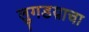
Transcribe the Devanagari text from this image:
लुगडय़ाचा